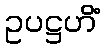
ဥပဋ္ဌဟိံ